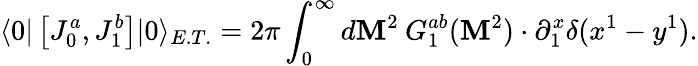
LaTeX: \langle0|\left[J_{0}^{a},J_{1}^{b}\right]|0\rangle_{E.T.}=2\pi\int_{0}^{\infty}{d\mathbf{M}^{2}\: G_{1}^{ab}(\mathbf{M}^{2})}\cdot\partial_{1}^{x}\delta(x^{1}-y^{1}).